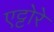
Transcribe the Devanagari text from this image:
एट्टोरे